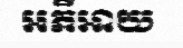
អភីអាយ